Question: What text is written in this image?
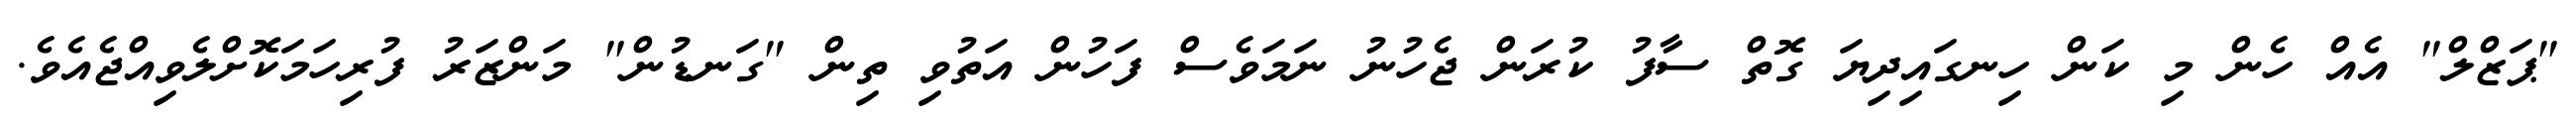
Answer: "ޕަޒްލް" އެއް ހެން މި ކަން ހިނގައިދިޔަ ގޮތް ސާފު ކުރަން ޖެހުނު ނަމަވެސް ފަހުން އަތުވި ތިން "ގަނޑުން" މަންޒަރު ފުރިހަމަކޮށްލެވިއްޖެއެވެ.